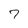
Character: 7